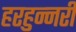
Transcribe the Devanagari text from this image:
हरहुन्‍नरी